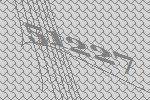
51227